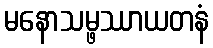
မနောသမ္ဖဿာယတနံ